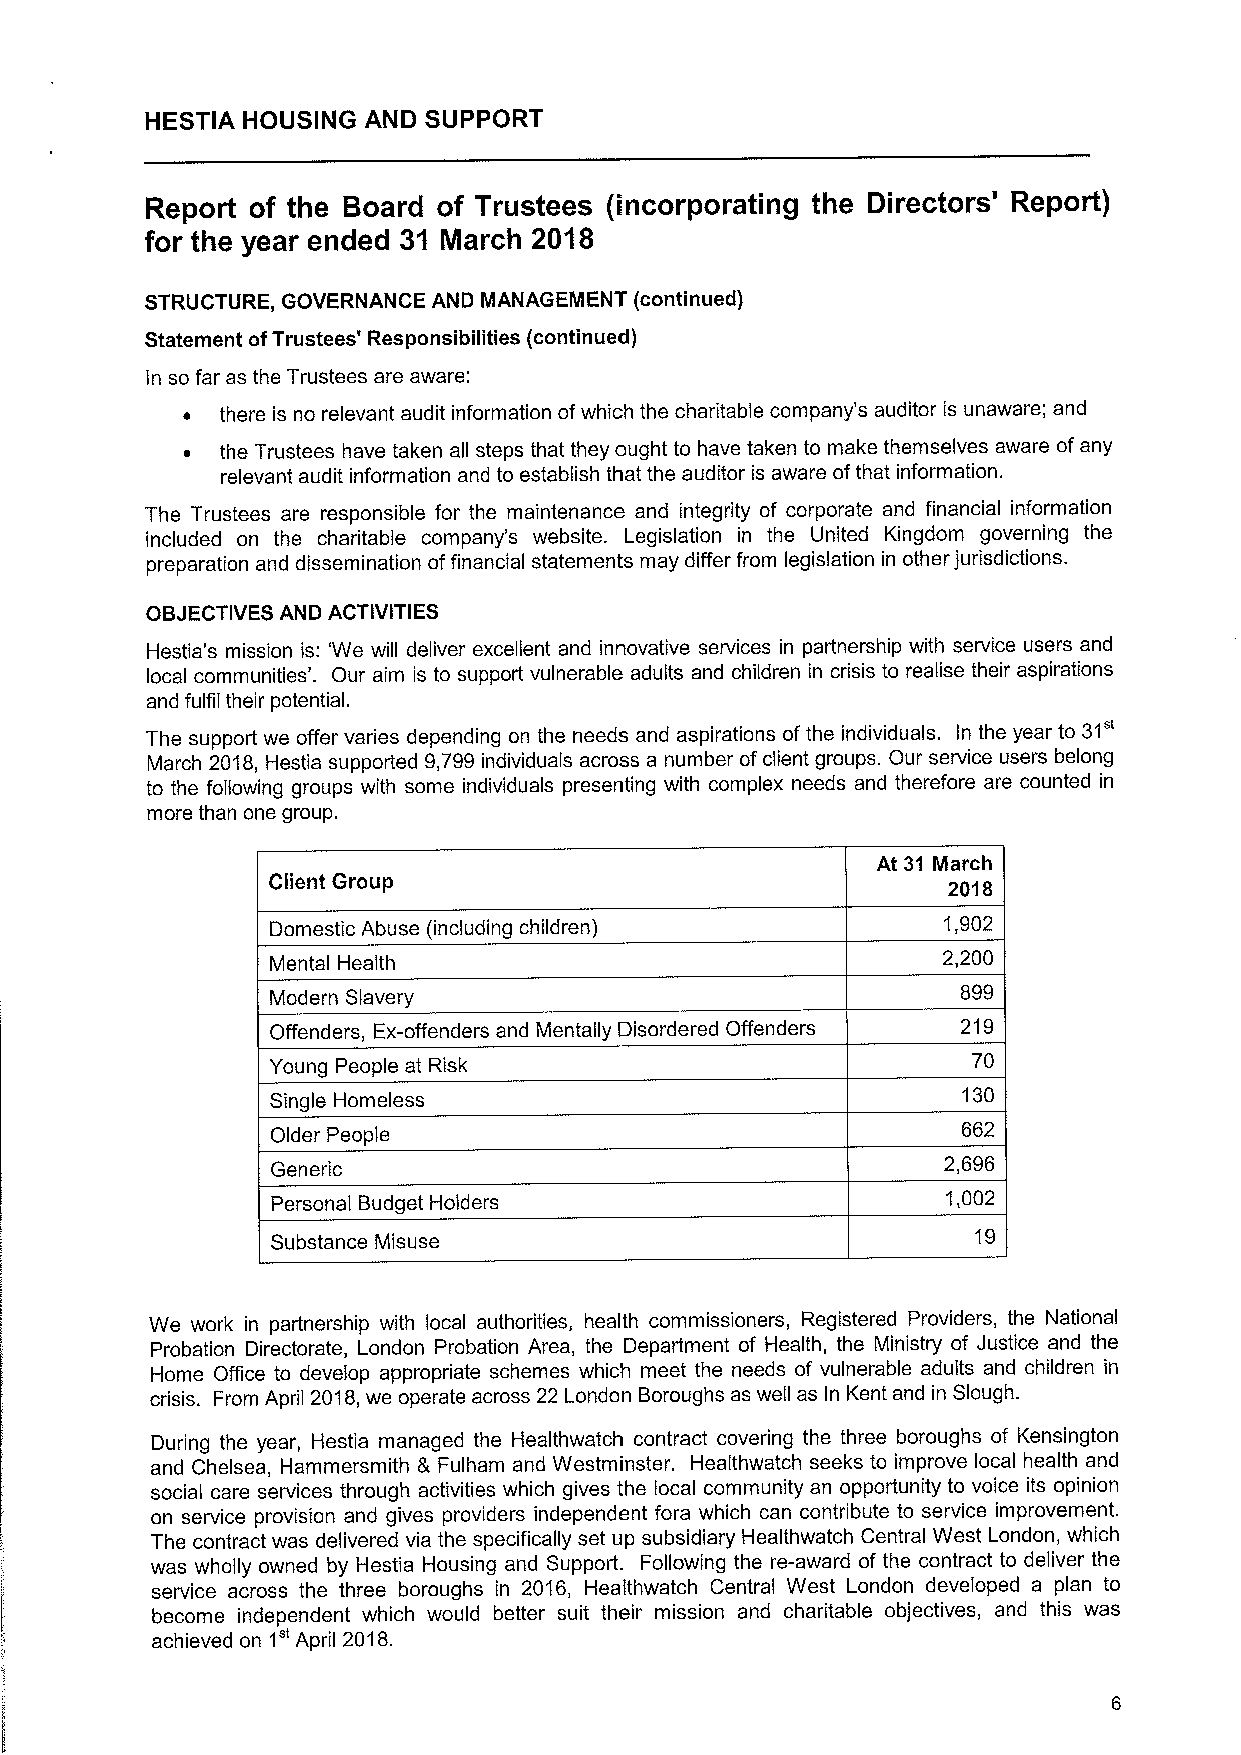
HESTIA HOUSING AND SUPPORT
 Report of the Board of Trustees (incorporating the Directors' Report)
 for the year ended 31 March 2018
 STRUCTURE, GOVERNANCE AND MANAGEMENT (continued)
 Statement ofTrustees' Responsibilities (continued)
 In so far as the Trustees are aware:
 ~  there is no relevant audit information ofwhich the charitable company's auditor is unaware; and
 ~  the Trustees have taken all steps that they ought to have taken to make themselves aware ofany
 relevant audit information and to establish that the auditor is aware ofthat information.
 The Trustees are responsible for the maintenance and integrity of corporate and financial information
 included on the charitable company's website. Legislation in the United Kingdom governing the
 preparation and dissemination offinancial statements may differ from legislation in other jurisdictions.
 OBJECTIVES AND ACTIVITIES
 Hestia's mission is: 'We will deliver excellent and innovative services in partnership with service users and
 local communities'. Our aim is to support vulnerable adults and children in crisis to realise their aspirations
 and fulfil their potential.
 31"
 The support we offer varies depending on the needs and aspirations ofthe individuals. In the year to
 March 2018, Hestia supported 9,799individuals across a number ofclient groups. Our service users belong
 to the following groups with some individuals presenting with complex needs and therefore are counted in
 more than one group.
 At 31 March
 Client Group                                 2018
 Domestic Abuse (including children)         1,902
 Mental Health
 2,200
 899
 Modern Slavery
 Offenders, Ex-offenders and Mentally Disordered Offenders 219
 Young People at Risk                          70
 130
 Single Homeless
 662
 Older People
 Generic
 2,696
 Personal Budget Holders                      1,002
 Substance Misuse                               19
 We work in partnership with local authorities, health commissioners, Registered Providers, the National
 Probation Directorate, London Probation Area, the Department of Health, the Ministry of Justice and the
 Home Office to develop appropriate schemes which meet the needs of vulnerable adults and children in
 crisis. From April 2018,we operate across 22 London Boroughs as well as In Kent and in Slough.
 During the year, Hestia managed the Healthwatch contract covering the three boroughs of Kensington
 and Chelsea, Hammersmith & Fulham and Westminster. Healthwatch seeks to improve local health and
 social care services through activities which gives the local community an opportunity to voice its opinion
 on service provision and gives providers independent fora which can contribute to service improvement.
 The contract was delivered via the specifically set up subsidiary Healthwatch Central West London, which
 was wholly owned by Hestia Housing and Support. Following the re-award of the contract to deliver the
 service across the three boroughs in 2016, Healthwatch Central West London developed a plan to
 become independent which would better suit their mission and charitable objectives, and this was
 1"
 achieved on April 2018.